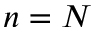
n = N